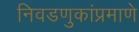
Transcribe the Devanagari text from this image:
निवडणुकांप्रमाणे